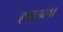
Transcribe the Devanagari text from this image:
हबलला